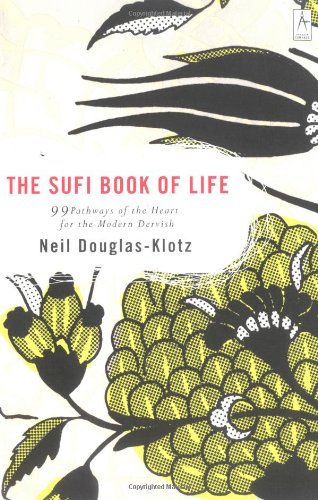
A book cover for The Sufi Book of Life: 99 Pathways of the Heart for the Modern Dervish; Neil Douglas-Klotz; Religion & Spirituality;